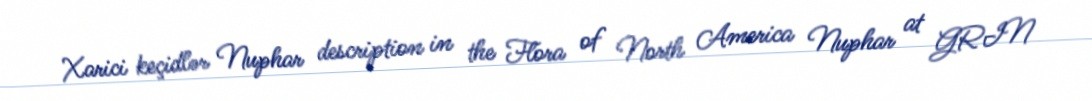
Xarici keçidlər Nuphar description in the Flora of North America Nuphar at GRIN